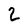
Character: 2